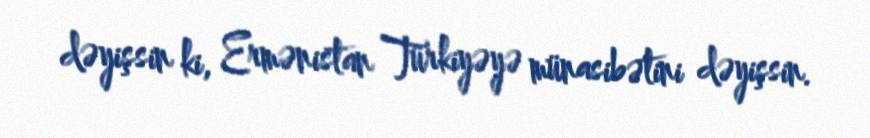
dəyişsin ki, Ermənistan Türkiyəyə münasibətini dəyişsin.